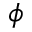
\phi